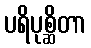
ပရိပုစ္ဆိတာ